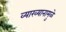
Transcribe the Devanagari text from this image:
व्याख्यानामुळे